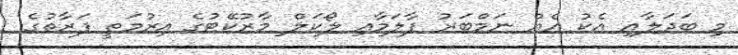
މި ބަދަލާއި އެކު އެއް ނަމްބަރު ފާލަމާއި ލޯކަލް މާރުކޭޓުގެ އިރުމަތީ ފަރާތުގެ